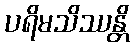
ပရိမသိဿန္တိ